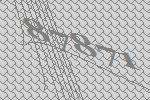
87871